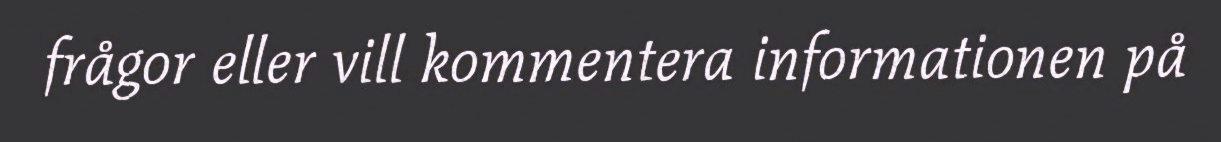
frågor eller vill kommentera informationen på